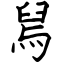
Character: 舃